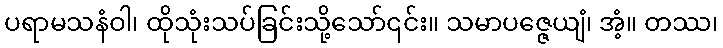
ပရာမသနံဝါ၊ ထိုသုံးသပ်ခြင်းသို့သော်၎င်း။ သမာပဇ္ဇေယျံ၊ အံ့။ တဿ၊